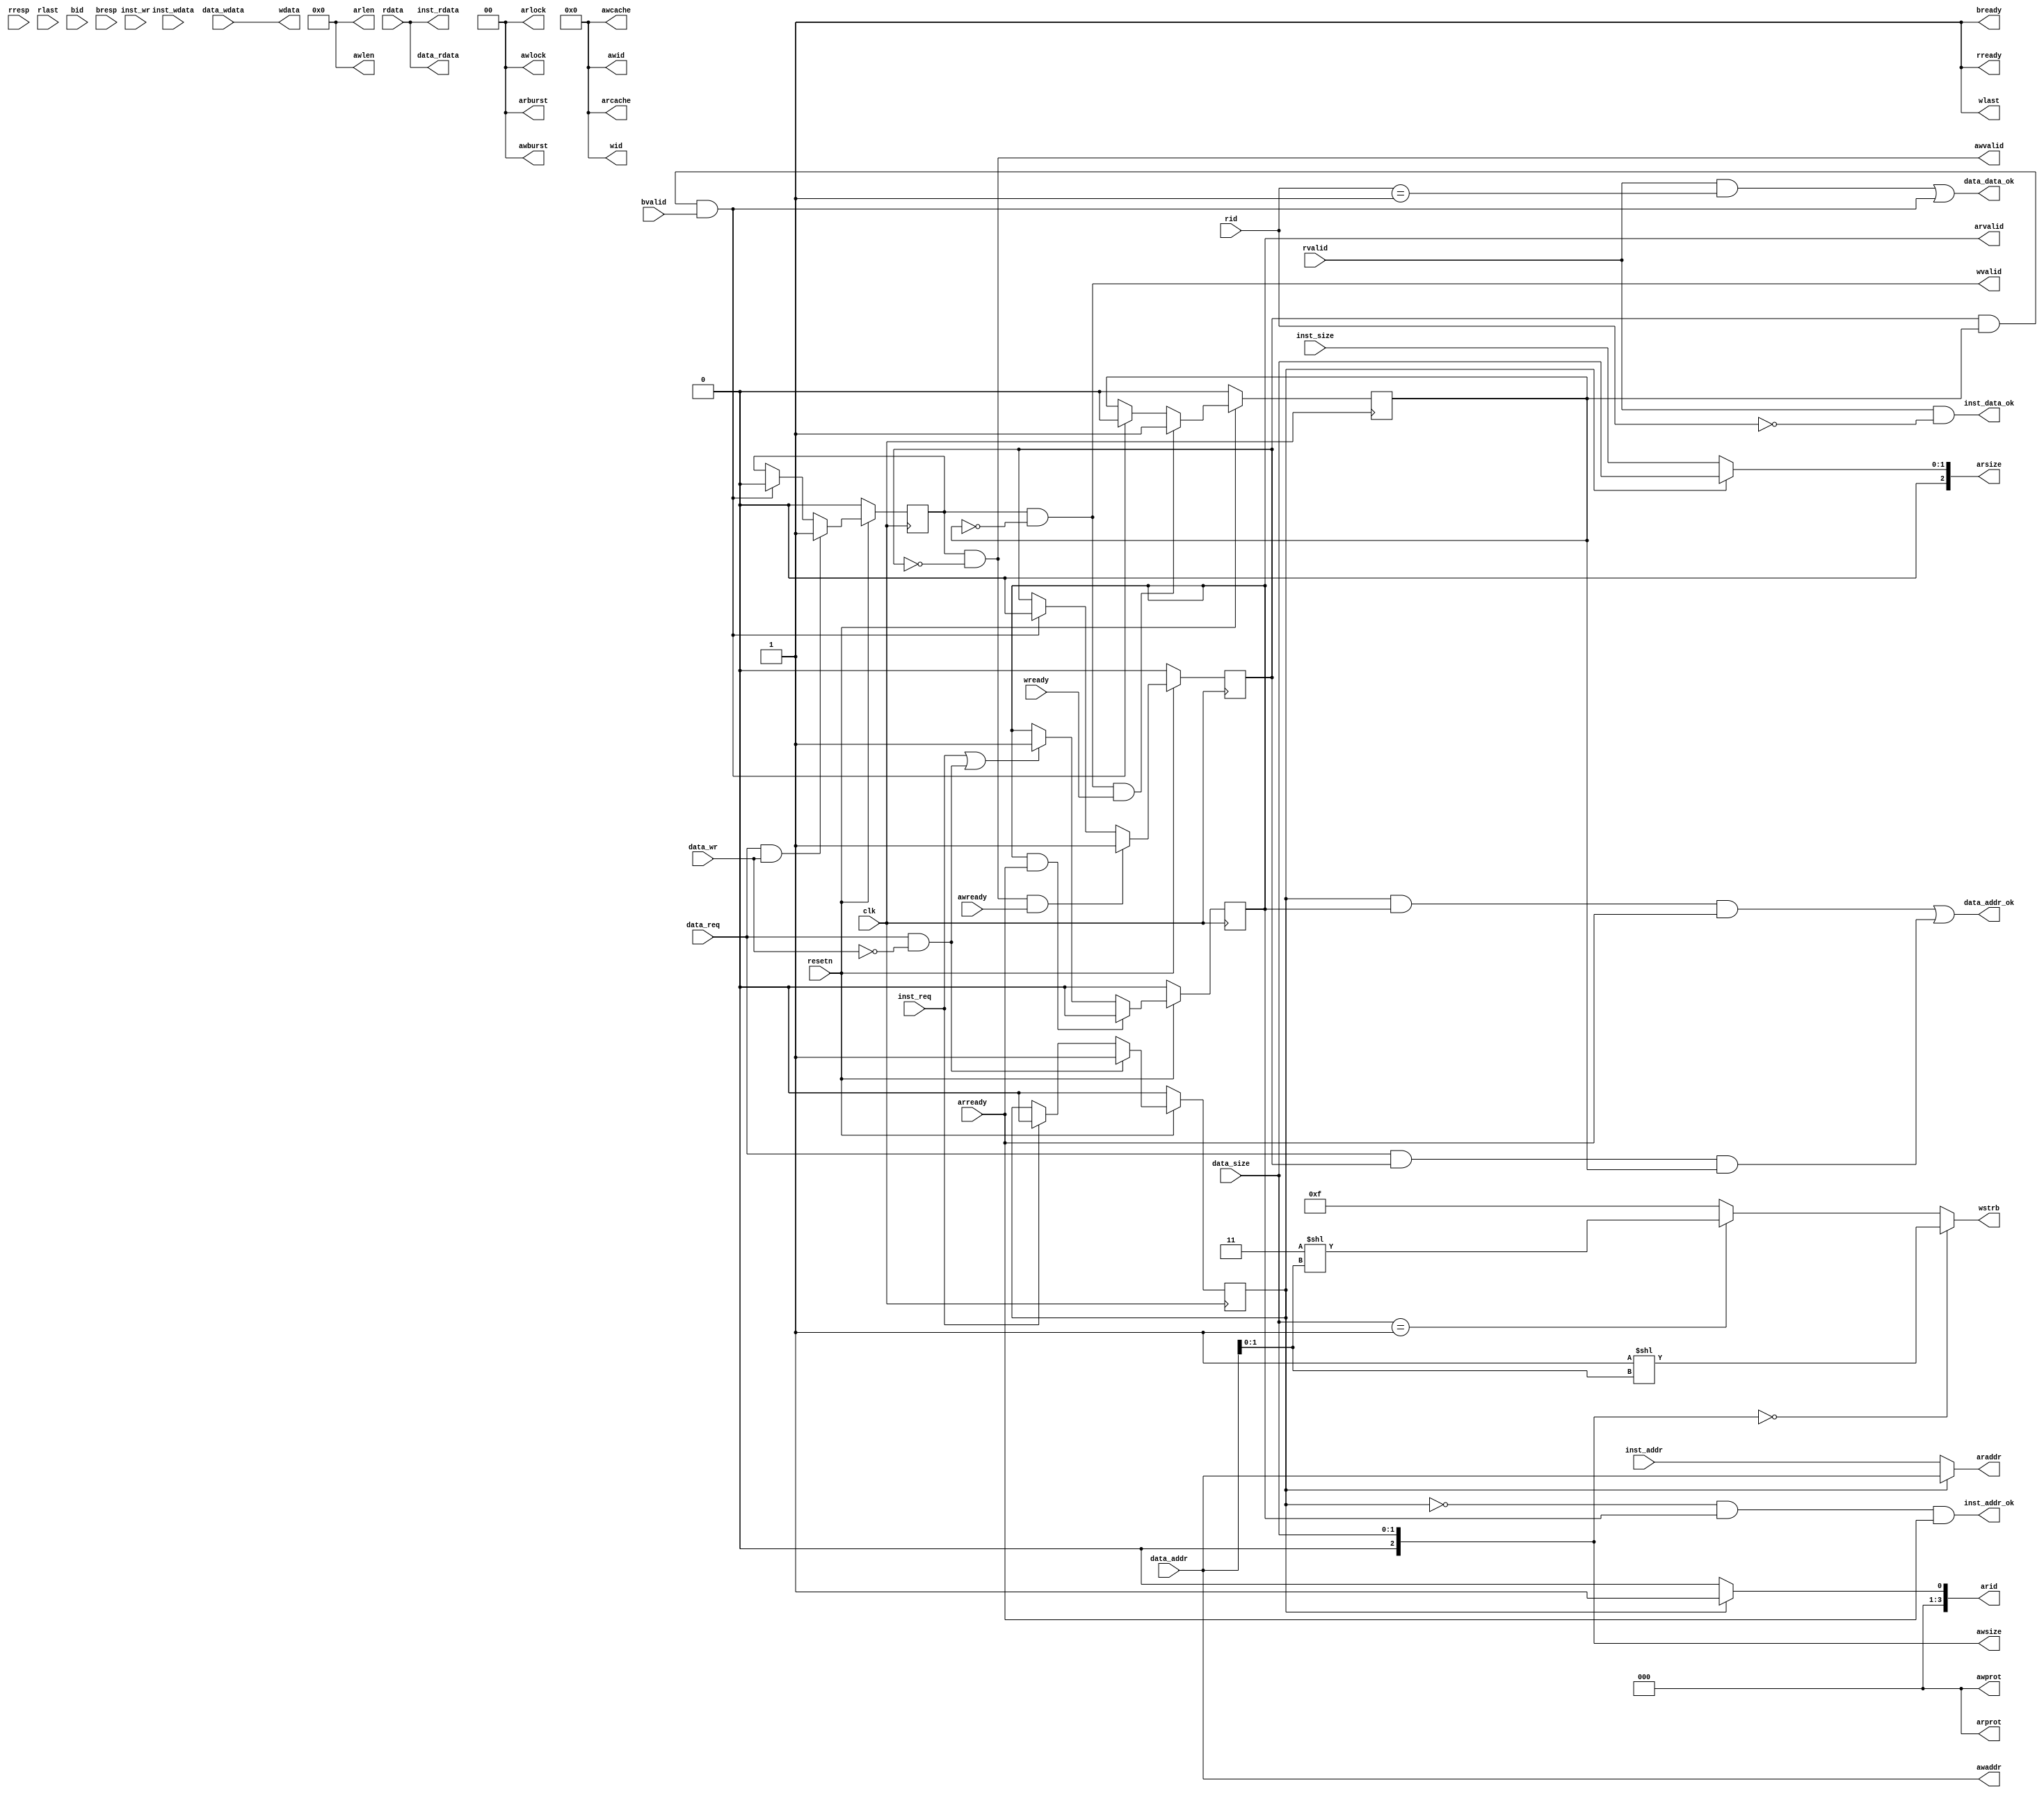
module cpu_axi_interface
(
    input         clk,
    input         resetn, 

    //inst sram-like 
    input         inst_req     ,
    input         inst_wr      ,
    input  [1 :0] inst_size    ,
    input  [31:0] inst_addr    ,
    input  [31:0] inst_wdata   ,
    output [31:0] inst_rdata   ,
    output        inst_addr_ok ,
    output        inst_data_ok ,
    
    //data sram-like 
    input         data_req     ,
    input         data_wr      ,
    input  [1 :0] data_size    ,
    input  [31:0] data_addr    ,
    input  [31:0] data_wdata   ,
    output [31:0] data_rdata   ,
    output        data_addr_ok ,
    output        data_data_ok ,

    //axi
    //ar
    output [3 :0] arid         ,
    output [31:0] araddr       ,
    output [7 :0] arlen        ,
    output [2 :0] arsize       ,
    output [1 :0] arburst      ,
    output [1 :0] arlock        ,
    output [3 :0] arcache      ,
    output [2 :0] arprot       ,
    output        arvalid      ,
    input         arready      ,
    //r           
    input  [3 :0] rid          ,
    input  [31:0] rdata        ,
    input  [1 :0] rresp        ,
    input         rlast        ,
    input         rvalid       ,
    output        rready       ,
    //aw          
    output [3 :0] awid         ,
    output [31:0] awaddr       ,
    output [7 :0] awlen        ,
    output [2 :0] awsize       ,
    output [1 :0] awburst      ,
    output [1 :0] awlock       ,
    output [3 :0] awcache      ,
    output [2 :0] awprot       ,
    output        awvalid      ,
    input         awready      ,
    //w          
    output [3 :0] wid          ,
    output [31:0] wdata        ,
    output [3 :0] wstrb        ,
    output        wlast        ,
    output        wvalid       ,
    input         wready       ,
    //b           
    input  [3 :0] bid          ,
    input  [1 :0] bresp        ,
    input         bvalid       ,
    output        bready       
);

wire rst;
assign rst = ~resetn;

reg arvalid_r;  //??
reg read_sel;   // 0: inst, 1: data

always @(posedge clk) begin
    arvalid_r <= rst ? 1'b0 :
                 arvalid & arready ? 1'b0 :
                 inst_req | (data_req & ~data_wr) ? 1'b1 : arvalid_r;
    read_sel <= rst ? 1'b0 :
                data_req & ~data_wr ? 1'b1 :
                inst_req ? 1'b0 : read_sel;
end

reg write_req;  //?
reg waddr_rcv;  //??
reg wdata_rcv;  //
wire write_finish; //?

always @(posedge clk) begin
    write_req <= rst                ? 1'b0 :
                 data_req & data_wr ? 1'b1 :
                 write_finish       ? 1'b0 : write_req;
    waddr_rcv <= rst               ? 1'b0 :
                 awvalid & awready ? 1'b1 :
                 write_finish      ? 1'b0 : waddr_rcv;
    wdata_rcv <= rst                     ? 1'b0 :
                 wvalid & wready & wlast ? 1'b1 :
                 write_finish            ? 1'b0 : wdata_rcv;
end

assign write_finish = waddr_rcv & wdata_rcv & (bvalid & bready);

//SRAM-like
assign inst_addr_ok = ~read_sel & arvalid & arready;
assign inst_data_ok = rvalid & (rid==4'd0);
assign inst_rdata   = rdata;

assign data_addr_ok = read_sel & arvalid & arready | data_req & waddr_rcv & wdata_rcv;    //? | ?
assign data_data_ok = rvalid & (rid==4'd1) | write_finish;
assign data_rdata   = rdata;

//AXI
//ar
assign arid    = read_sel ? 4'd1 : 4'd0;
assign araddr  = read_sel ? data_addr : inst_addr;
assign arlen   = 8'd0;      //???(no burst)
assign arsize  = read_sel ? data_size : inst_size;
assign arburst = 2'd0;      //?
assign arlock  = 2'd0;      //?
assign arcache = 4'd0;      //?
assign arprot  = 3'd0;      //?
assign arvalid = arvalid_r;
//r
assign rready  = 1'b1;      //?

//aw
assign awid    = 4'd0;
assign awaddr  = data_addr;
assign awlen   = 8'd0;
assign awsize  = data_size;
assign awburst = 2'd0;
assign awlock  = 2'd0;
assign awcache = 4'd0;
assign awprot  = 3'd0;
assign awvalid = write_req & ~waddr_rcv;
//w
assign wid    = 4'd0;
assign wdata  = data_wdata;
assign wstrb  = awsize==2'd0 ? 4'b0001<<awaddr[1:0] :           //?
                awsize==2'd1 ? 4'b0011<<awaddr[1:0] : 4'b1111;
assign wlast  = 1'd1;
assign wvalid = write_req & ~wdata_rcv;
//b
assign bready  = 1'b1;

endmodule